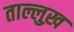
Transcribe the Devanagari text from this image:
ताल्लुख़